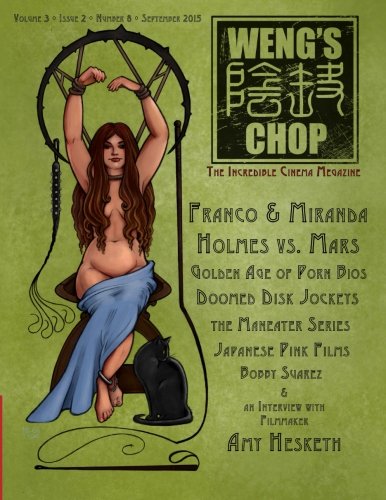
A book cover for Wengs Chop #8: The Standard Edition; Brian Harris; Humor & Entertainment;